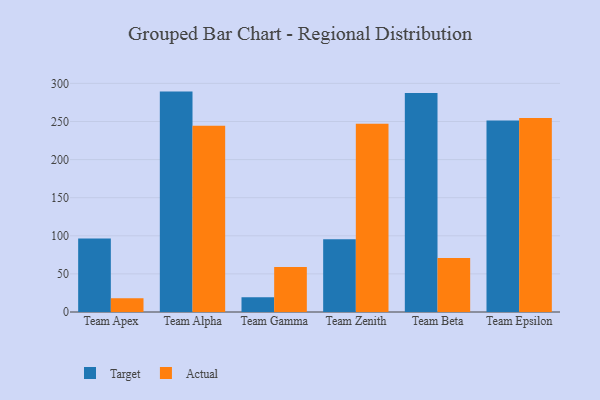
{"axis": {"x": "Team", "y": "Customer Acquisition Cost (USD)"}, "legend": ["Actual", "Target"], "data": [{"x": "Team Apex", "y": 96.4, "type": "Target"}, {"x": "Team Apex", "y": 18.1, "type": "Actual"}, {"x": "Team Alpha", "y": 289.2, "type": "Target"}, {"x": "Team Alpha", "y": 244.4, "type": "Actual"}, {"x": "Team Gamma", "y": 19.2, "type": "Target"}, {"x": "Team Gamma", "y": 58.9, "type": "Actual"}, {"x": "Team Zenith", "y": 95.6, "type": "Target"}, {"x": "Team Zenith", "y": 246.9, "type": "Actual"}, {"x": "Team Beta", "y": 287.4, "type": "Target"}, {"x": "Team Beta", "y": 71.0, "type": "Actual"}, {"x": "Team Epsilon", "y": 251.4, "type": "Target"}, {"x": "Team Epsilon", "y": 254.7, "type": "Actual"}]}